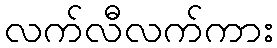
လက်လီလက်ကား